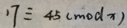
1 7 \equiv 4 5 ( m o d x )